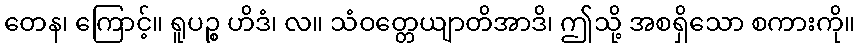
တေန၊ ကြောင့်။ ရူပဉ္စ ဟိဒံ၊ လ။ သံဝတ္တေယျာတိအာဒိ၊ ဤသို့ အစရှိသော စကားကို။